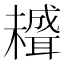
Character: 𦗱